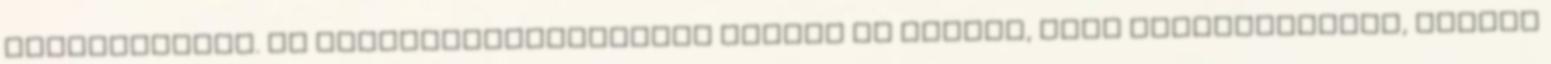
kiegészítést. Az ellenanyagszinteket ezután is mértük, hogy megállapítsuk, meddig